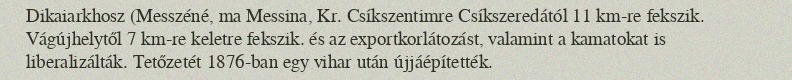
Dikaiarkhosz (Messzéné, ma Messina, Kr. Csíkszentimre Csíkszeredától 11 km-re fekszik. Vágújhelytől 7 km-re keletre fekszik. és az exportkorlátozást, valamint a kamatokat is liberalizálták. Tetőzetét 1876-ban egy vihar után újjáépítették.